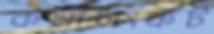
কর্মীসংকট